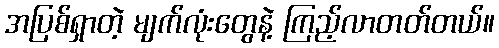
အပြစ်ရှာတဲ့ မျက်လုံးတွေနဲ့ ကြည့်လာတတ်တယ်။